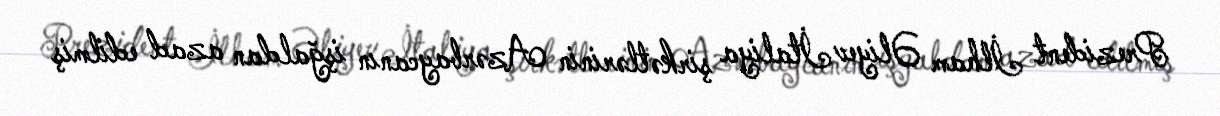
Prezident İlham Əliyev İtaliya şirkətlərinin Azərbaycanın işğaldan azad edilmiş